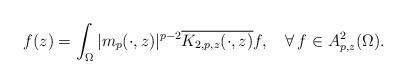
LaTeX: \begin{align*}f(z)= \int_\Omega |m_p(\cdot,z)|^{p-2}\overline{K_{2,p,z}(\cdot,z)}f,\ \ \ \forall\,f\in A^2_{p,z}(\Omega).\end{align*}